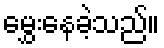
မွှေးနေခဲ့သည်။